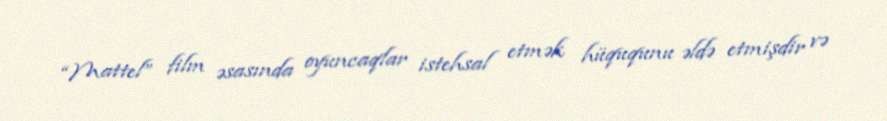
“Mattel” film əsasında oyuncaqlar istehsal etmək hüququnu əldə etmişdir və